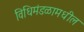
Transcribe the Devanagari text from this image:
विधिमंडळामधील